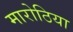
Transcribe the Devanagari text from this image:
मारोठिया